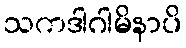
သကဒါဂါမိနာပိ